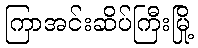
ကြာအင်းဆိပ်ကြီးမြို့